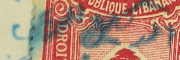
الوكيل الرسمي